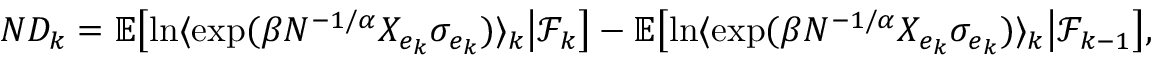
\begin{array} { r } { N D _ { k } = \mathbb E \bigl [ \ln \langle \exp ( \beta N ^ { - 1 / \alpha } X _ { e _ { k } } \sigma _ { e _ { k } } ) \rangle _ { k } \big | \mathcal F _ { k } \bigr ] - \mathbb E \bigl [ \ln \langle \exp ( \beta N ^ { - 1 / \alpha } X _ { e _ { k } } \sigma _ { e _ { k } } ) \rangle _ { k } \big | \mathcal F _ { k - 1 } \bigr ] , } \end{array}